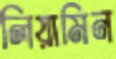
লিয়ামিন